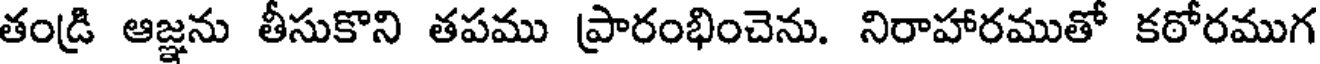
తండ్రి ఆజ్ఞను తీసుకొని తపము ప్రారంభించెను. నిరాహారముతో కఠోరముగ